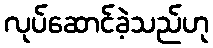
လုပ်ဆောင်ခဲ့သည်ဟု